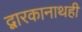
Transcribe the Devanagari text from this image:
द्वारकानाथही